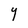
Character: Y